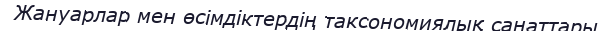
Жануарлар мен өсімдіктердің таксономиялық санаттары